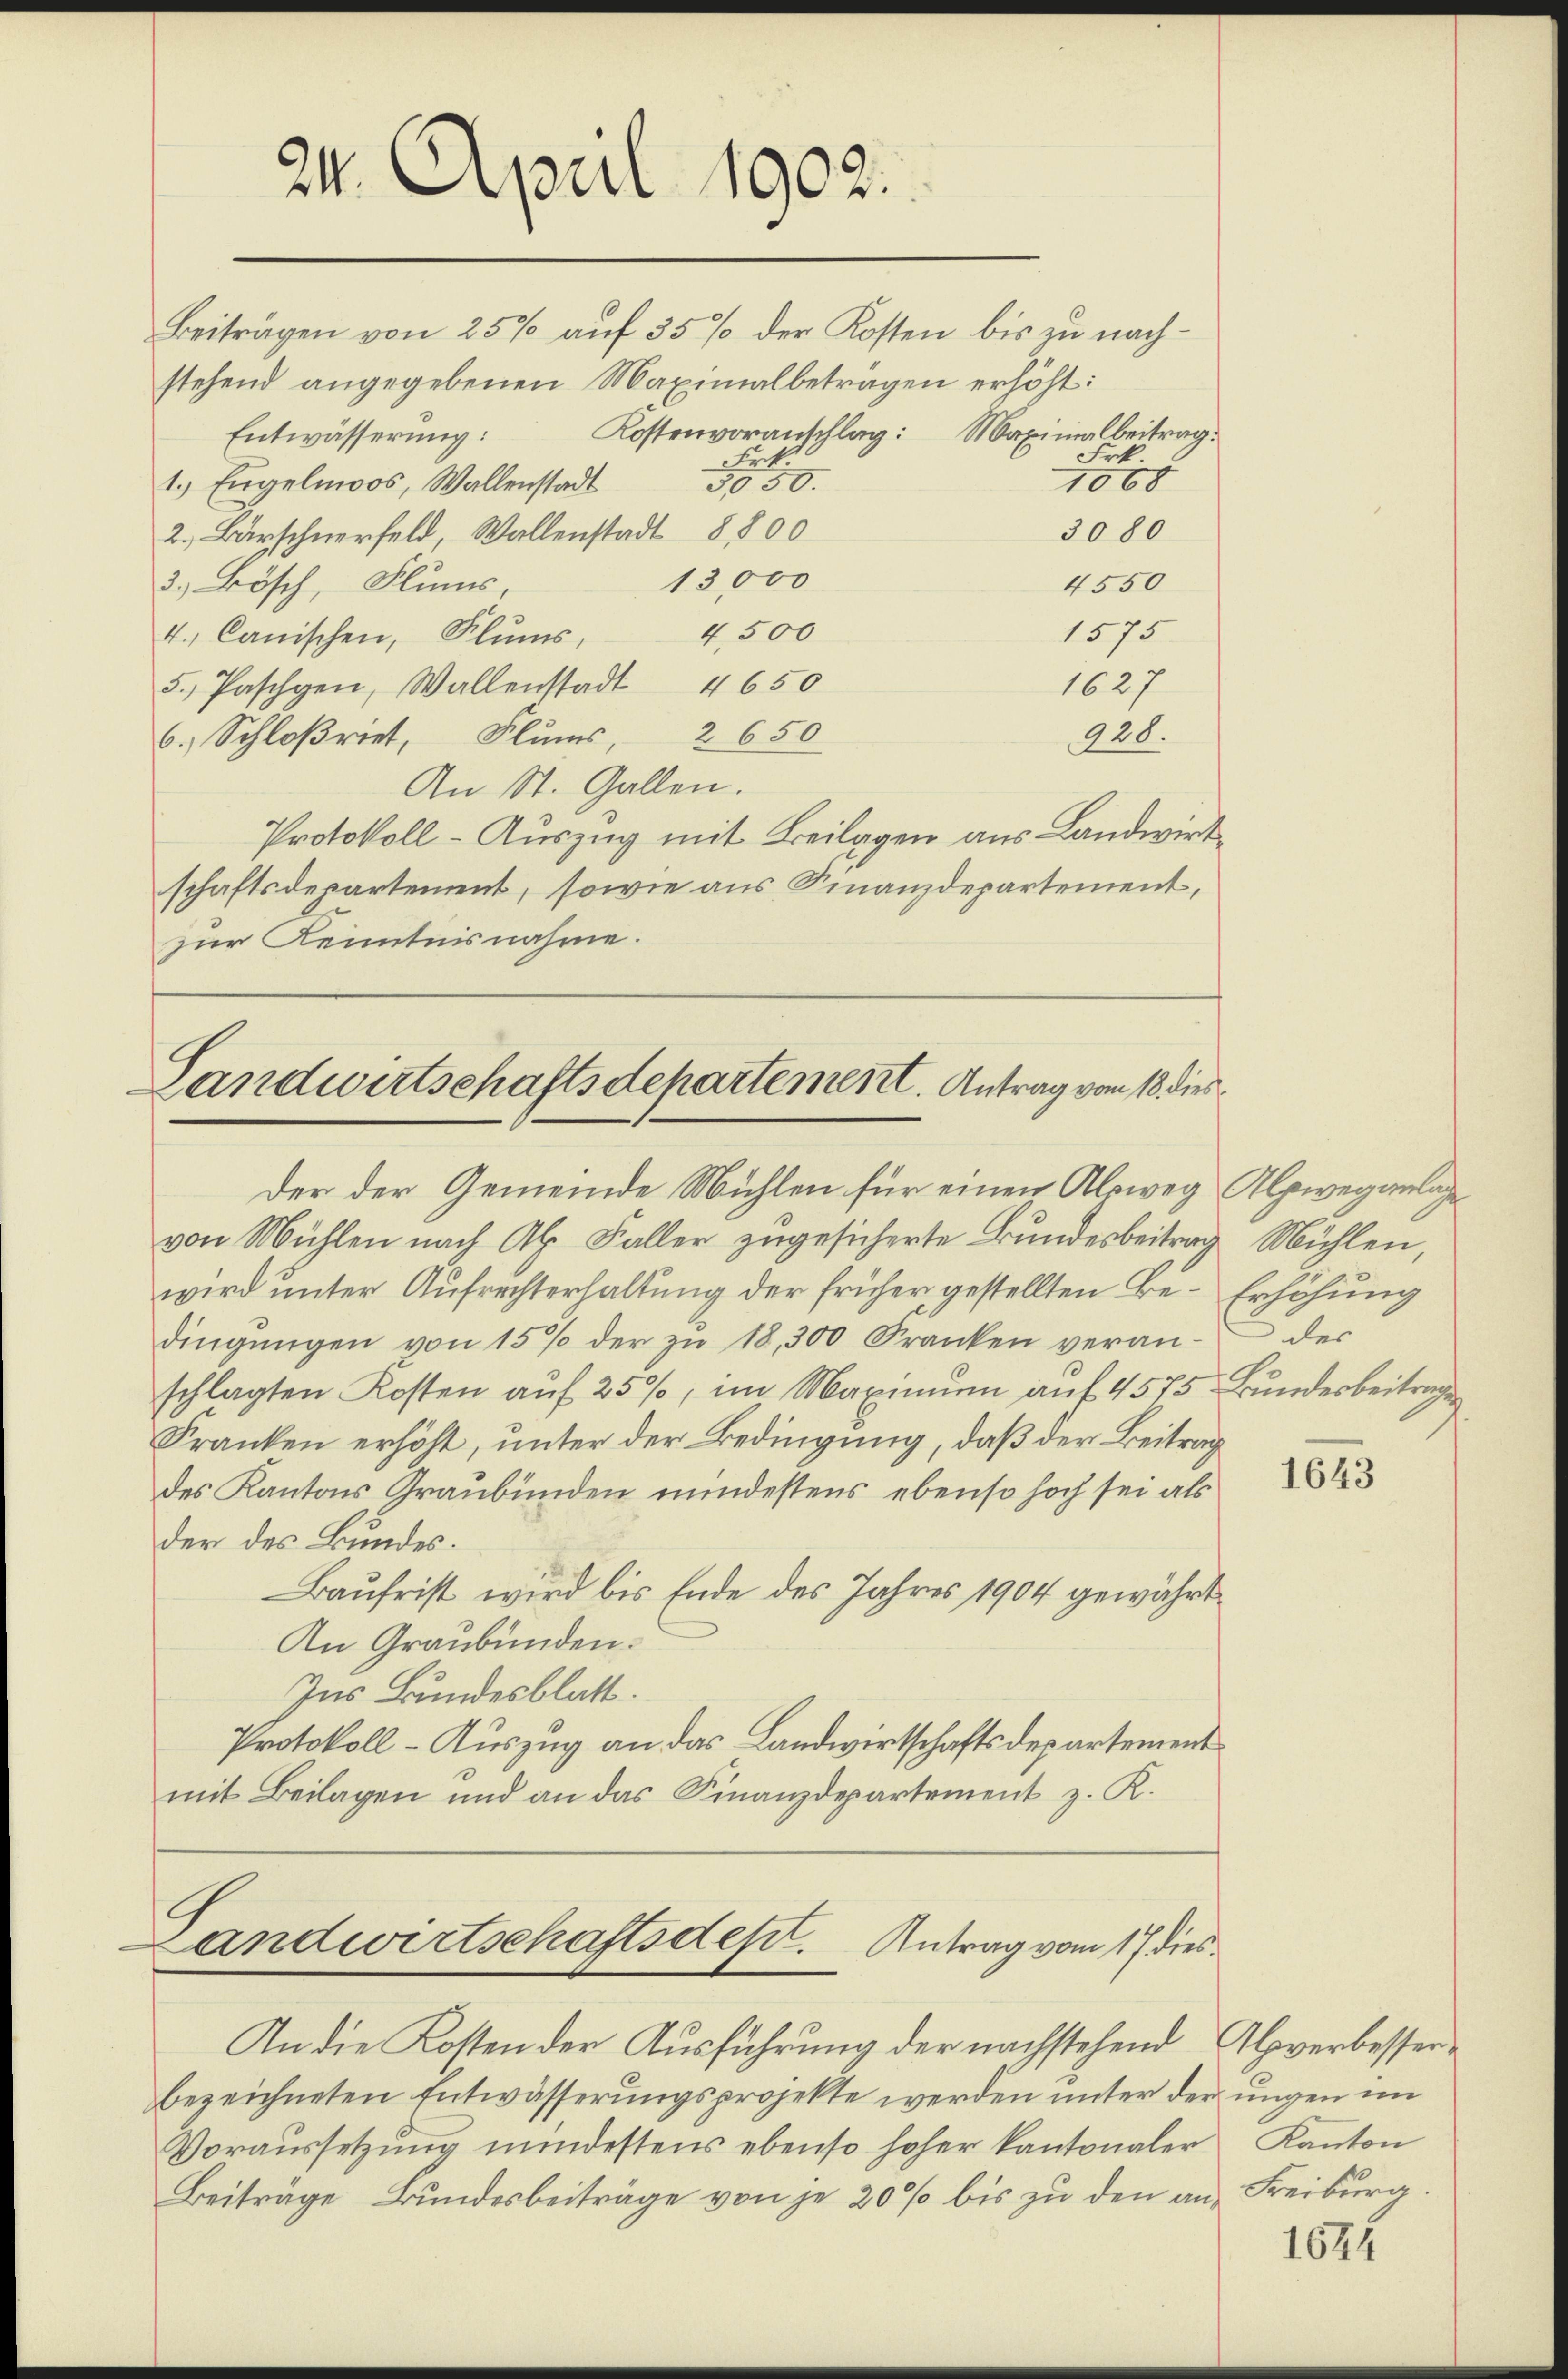
24. April 1902.

Beiträgen von 25% auf 35 % der Kosten bis zu nachstehend angegebenen Maximalbeträgen erhöht:
Kostenvoranschlag: Maximalbeitrag.
Entwässerung:
.
1.) Engelmoos, Wallenstadt
5550.
3080
2. Barschnerfeld, Wallenstadt 8800
13,000
4550
3. Bösch, Flums
4,500
1575
4. Canischen, Klums,
1627
5. Paschen, Wallenstadt 4650
2650
928.
6. Schloßriet, Flums,
An St. Gallen.
Protokoll - Auszug mit Beilagen aus Landwirt
schaftsdepartement, sowie aus Finanzdepartement,
zur Kenntnisnahme.

von Mühlen nach Al. Faller zugesicherte Bundesbeitrag Mühlen,
wird unter Aufrechterhaltung der früher gestellten Be-Erhöhung
dingŭngen von 15% der zŭ 18,300 Franken veran- der
schlagten Kosten auf 25%, im Maximum auf 4575. Bunderbeitrage
Franken erhöht, unter der Bedingung, daß der Beitrag
des Kantons Graubünden mindestens ebenso hoch sei als
der des Bundes.
Baufrist wird bis Ende des Jahres 1904 gewährt
An Graubünden.
Ins Bundesblatt.
Protokoll - Auszug an das Landwirtschaftsdepartement
mit Beilagen und an das Finanzdepartement z. K.

An die Kosten der Ausführung der nachstehend Alpverbesserbezeichneten Entwässerungsprojekte werden unter der ungen im
Voraussetzung mindestens ebenso hoher kantonaler Kanton
Beiträge, Bundesbeiträge von je 20 % bis zu den an Freiburg.

Frk.
1068

Tandwirtschaftsdepartement. Antrag vom 18. dies
der der Gemeinde Mühlen für einen Alsweg Alpweganlage

andwirtschaftsdest. Antrag vom 17 dies

1643

1674